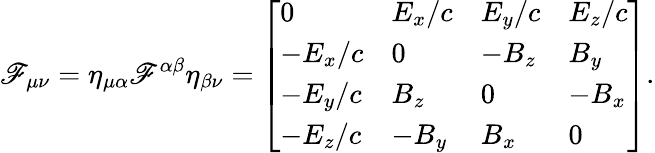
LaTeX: \mathscr{F}_{\mu\nu}=\eta_{\mu\alpha}\mathscr{F}^{\alpha\beta}\eta_{\beta\nu}={\left[\begin{array}{llll}{0}&{E_{x}/c}&{E_{y}/c}&{E_{z}/c}\\ {-E_{x}/c}&{0}&{-B_{z}}&{B_{y}}\\ {-E_{y}/c}&{B_{z}}&{0}&{-B_{x}}\\ {-E_{z}/c}&{-B_{y}}&{B_{x}}&{0}\end{array}\right]}.